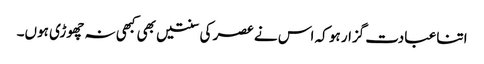
اتنا عبادت گزار ہو کہ اس نے عصر کی سنتیں بھی کبھی نہ چھوڑی ہوں۔